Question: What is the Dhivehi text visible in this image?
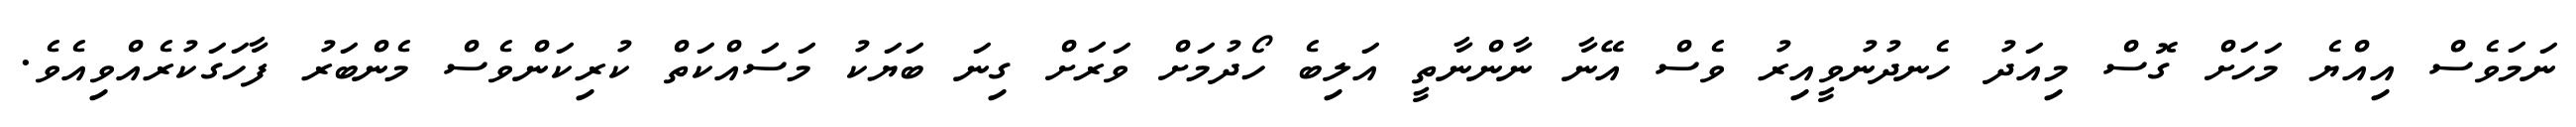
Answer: ނަމަވެސް އިއްޔެ މަހަށް ގޮސް މިއަދު ހެނދުނުވީއިރު ވެސް އޭނާ ނާންނާތީ އަލިބެ ހޯދުމަށް ވަރަށް ގިނަ ބަޔަކު މަސައްކަތް ކުރިކަންވެސް މެންބަރު ފާހަގަކުރެއްވިއެވެ.